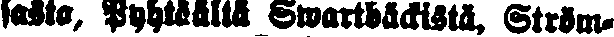
lasta, Pyhtäältä Swartbäckistä, Ström-